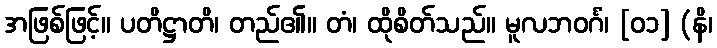
အဖြစ်ဖြင့်။ ပတိဋ္ဌာတိ၊ တည်၏။ တံ၊ ထိုစိတ်သည်။ မူလဘဝင်္ဂံ၊ [၀၁] (နိ၊